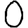
Digit: 0